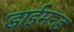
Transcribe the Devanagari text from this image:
डाईमन्ड